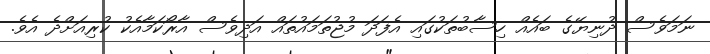
ނަމަވެސް ދުނިޔޭގެ ބައެއް ހިސާބުތަކުގައި އެފަދަ މުޖުތަމައުތައް އަދިވެސް އާރޯކަމާއެކު ކުރިއަށްދެ އެވެ.